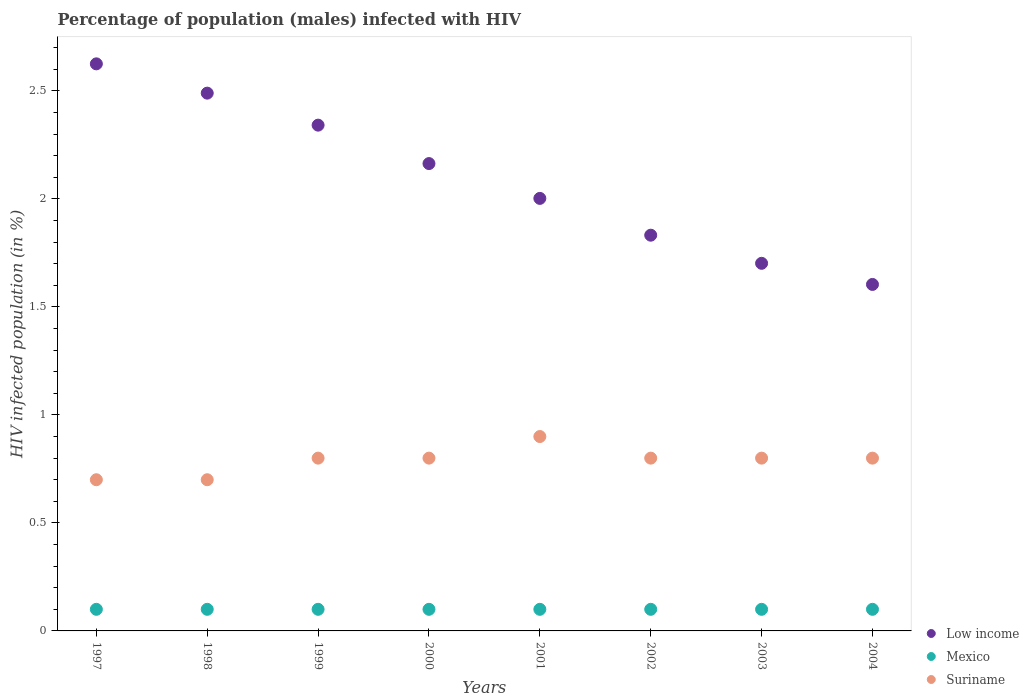
| Years | Low income | Mexico | Suriname |
 | --- | --- | --- | --- |
 | 1997 | 2.63 | 0.1 | 0.7 |
 | 1998 | 2.49 | 0.1 | 0.7 |
 | 1999 | 2.34 | 0.1 | 0.8 |
 | 2000 | 2.16 | 0.1 | 0.8 |
 | 2001 | 2 | 0.1 | 0.9 |
 | 2002 | 1.83 | 0.1 | 0.8 |
 | 2003 | 1.7 | 0.1 | 0.8 |
 | 2004 | 1.6 | 0.1 | 0.8 |